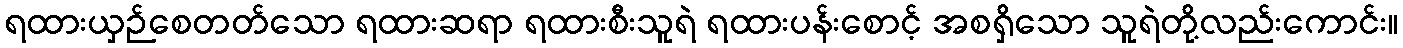
ရထားယှဉ်စေတတ်သော ရထားဆရာ ရထားစီးသူရဲ ရထားပန်းစောင့် အစရှိသော သူရဲတို့လည်းကောင်း။